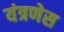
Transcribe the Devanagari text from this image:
यंत्रणेस